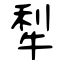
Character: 犁